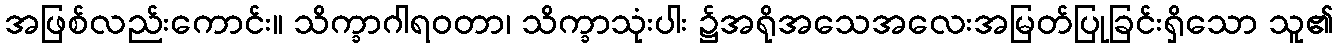
အဖြစ်လည်းကောင်း။ သိက္ခာဂါရဝတာ၊ သိက္ခာသုံးပါး ၌အရိုအသေအလေးအမြတ်ပြုခြင်းရှိသော သူ၏